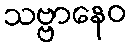
သဗ္ဗာနေဝ